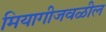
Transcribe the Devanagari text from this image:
मियागीजवळील